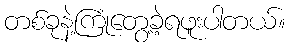
တစ်ခုနဲ့ကြုံတွေ့ခဲ့ရဖူးပါတယ်။